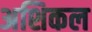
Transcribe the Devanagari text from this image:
अशिकल